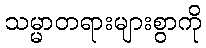
သမ္မာတရားများစွာကို